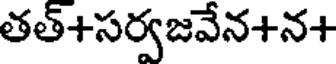
తత్+సర్వజవేన+న+